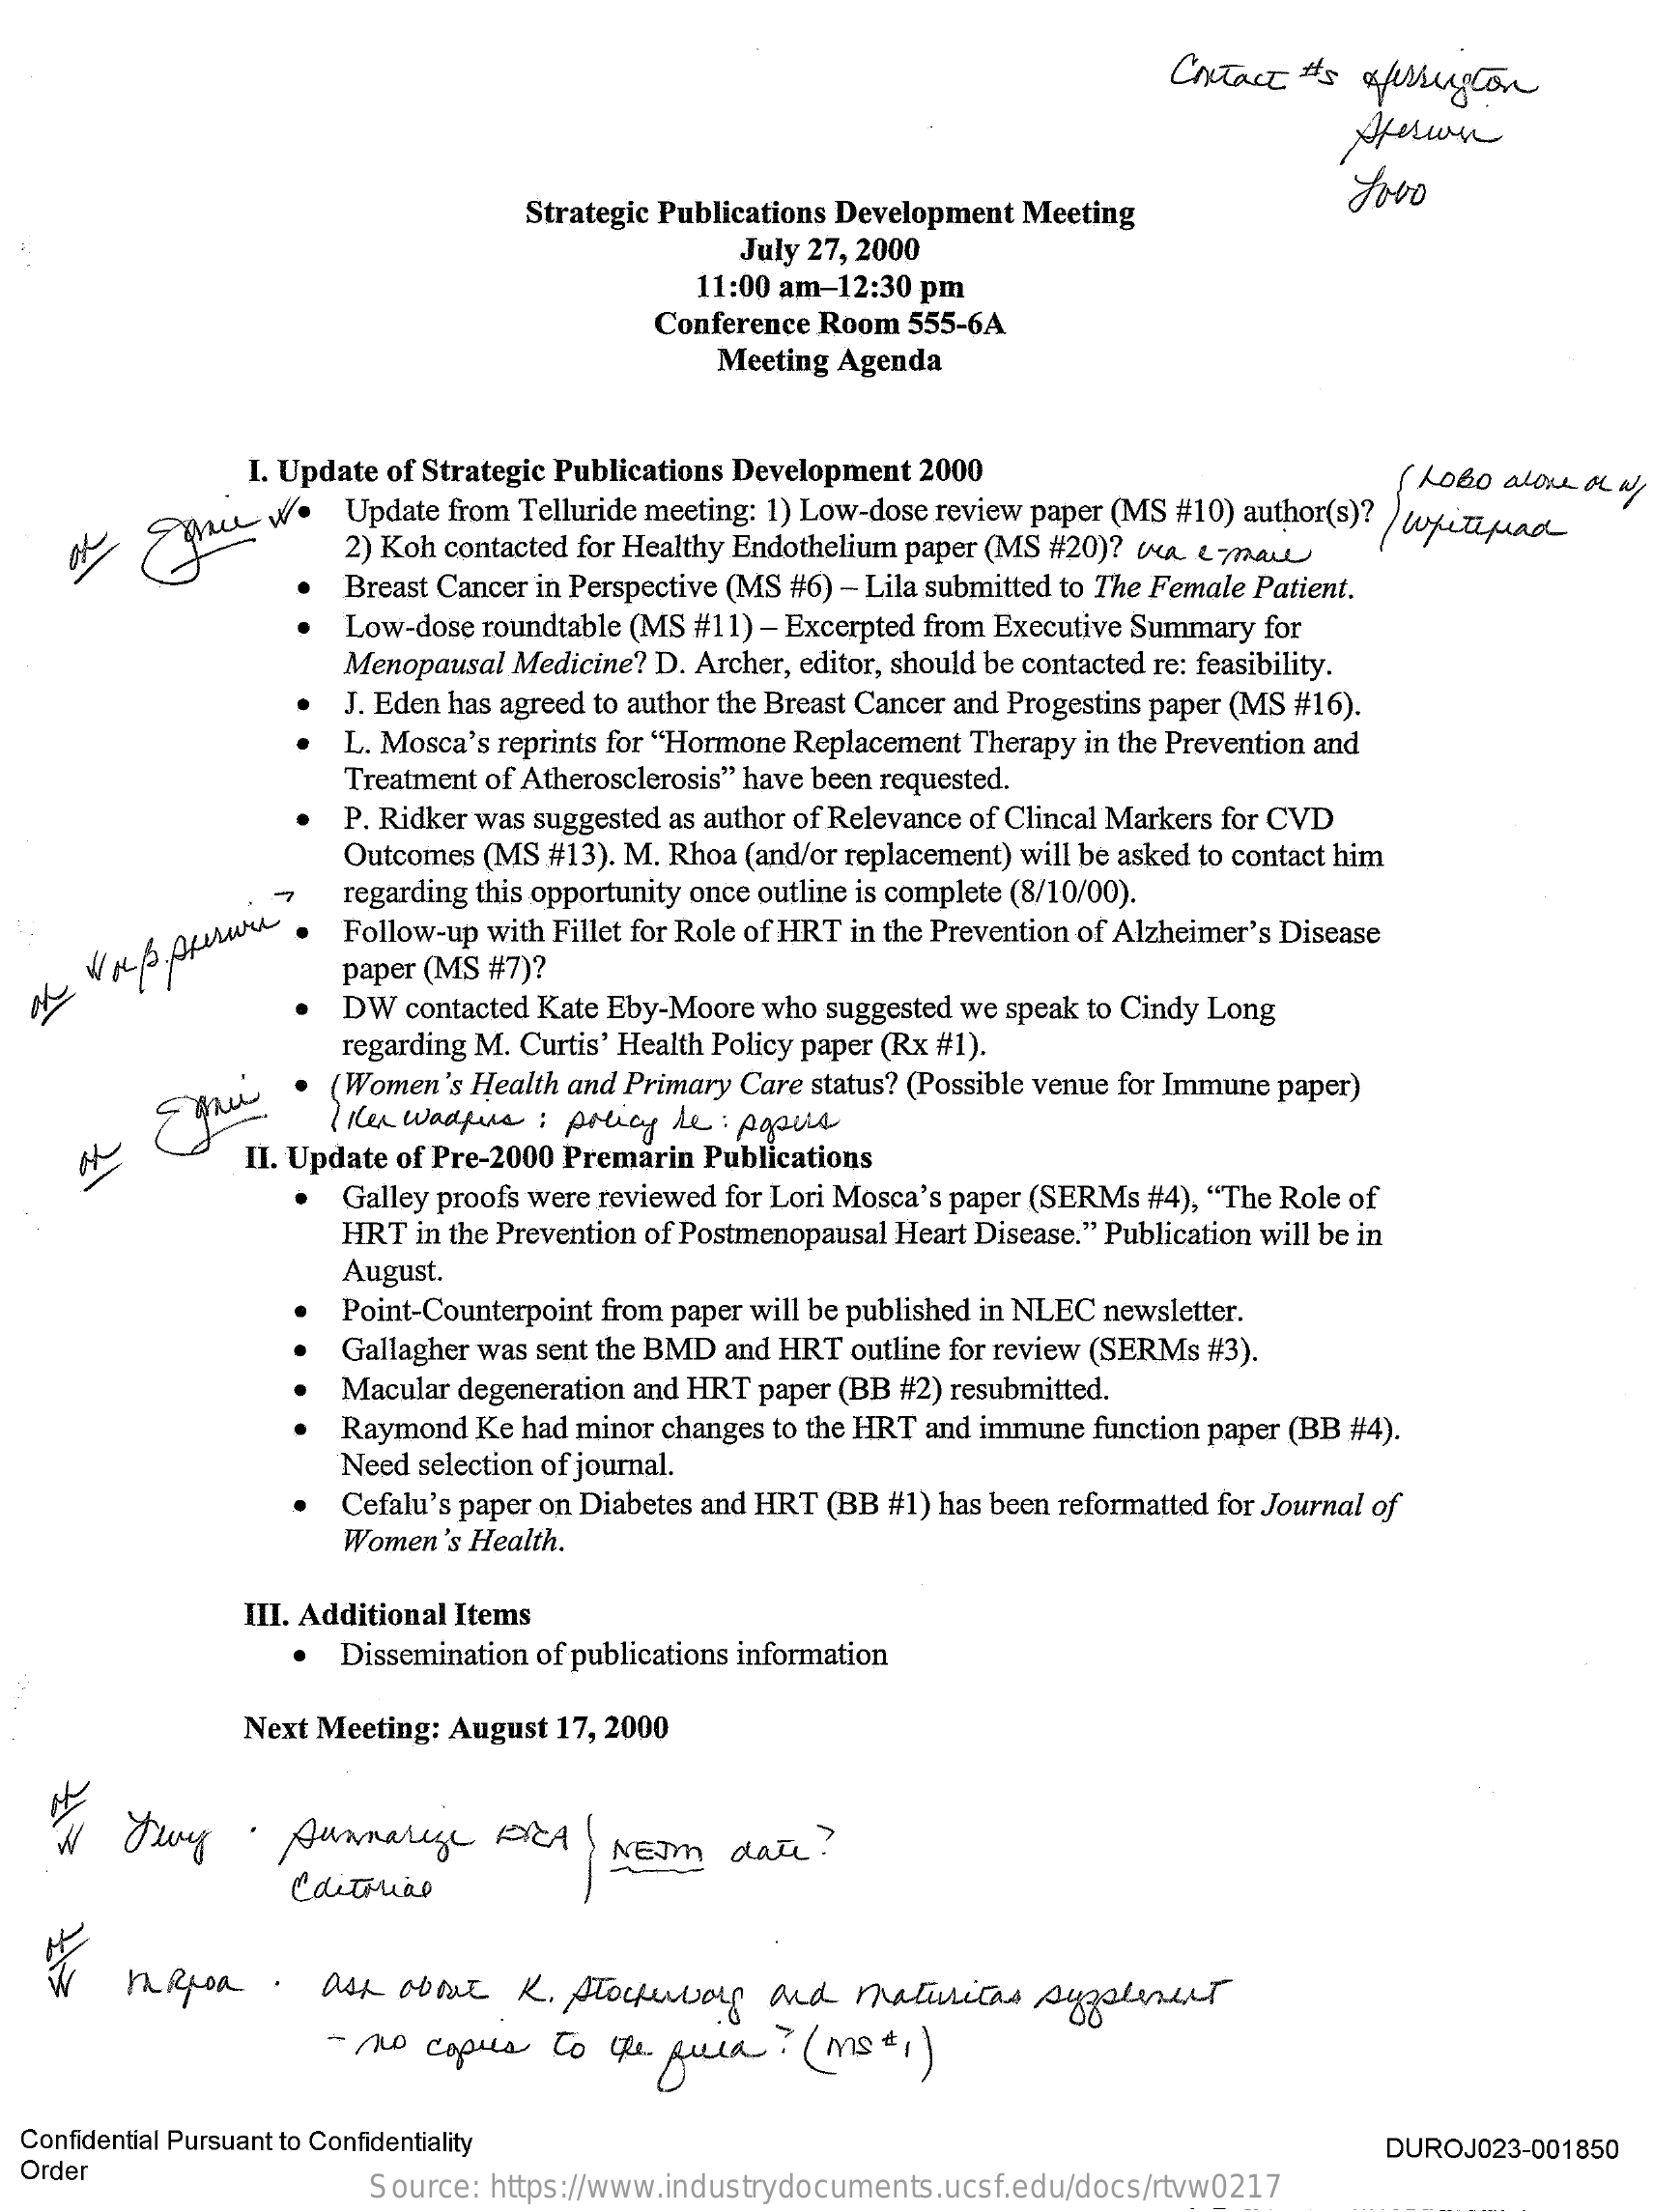
Contact #s  ofillusion
     Strategic Publications Development Meeting
     July 27, 2000
     11:00 am-12:30 pm
     Conference Room 555-6A
     Meeting Agenda
     I. Update of Strategic Publications Development 2000
     Update from Telluride meeting: 1) Low-dose review paper (MS #10) author(s)?
     Lobo  alone or a
     2) Koh contacted for Healthy Endothelium paper (MS #20)? (KA LTMALL
     whitepad
     Breast Cancer in Perspective (MS #6) - Lila submitted to The Female Patient.
     Low-dose roundtable (MS #11) - Excerpted from Executive Summary for
     Menopausal Medicine? D. Archer, editor, should be contacted re: feasibility.
     J. Eden has agreed to author the Breast Cancer and Progestins paper (MS #16).
     L. Mosca's reprints for "Hormone Replacement Therapy in the Prevention and
     Treatment of Atherosclerosis" have been requested.
     P. Ridker was suggested as author of Relevance of Clincal Markers for CVD
     Outcomes (MS #13). M. Rhoa (and/or replacement) will be asked to contact him
     regarding this opportunity once outline is complete (8/10/00).
     Follow-up with Fillet for Role of HRT in the Prevention of Alzheimer's Disease
     paper (MS #7)?
     DW  contacted Kate Eby-Moore who suggested we speak to Cindy Long
     regarding M. Curtis' Health Policy paper (Rx #1).
     Eu.    women's Health and Primary Care status? (Possible venue for Immune paper)
     Her Wadpus  : policy Le : popis
     II. Update of Pre-2000 Premarin Publications
     Galley proofs were reviewed for Lori Mosca's paper (SERMs #4), "The Role of
     HRT  in the Prevention of Postmenopausal Heart Disease." Publication will be in
     August.
     Point-Counterpoint from paper will be published in NLEC newsletter.
     Gallagher was sent the BMD and HRT outline for review (SERMs #3).
     Macular degeneration and HRT paper (BB #2) resubmitted.
     Raymond  Ke had minor changes to the HRT and immune function paper (BB #4).
     Need selection of journal.
     Cefalu's paper on Diabetes and HRT (BB #1) has been reformatted for Journal of
     Women's Health.
     III. Additional Items
     Dissemination of publications information
     Next Meeting: August 17, 2000
   W   Twy    .  Aunnalige    FICA    NEJM    date ?
     Editorial
     MRjoa    .  ask  about   K. Stockervos   and   matusicas  supplement
     - no  copies  to  the pula   ? ( mst , )
  Confidential Pursuant to Confidentiality
  Order
     DUROJ023-001850
     Source: https://www.industrydocuments.ucsf.edu/docs/rtvw0217